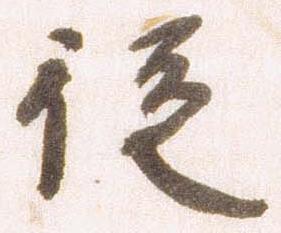
従